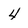
Character: 4